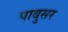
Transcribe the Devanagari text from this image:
पाबुसर